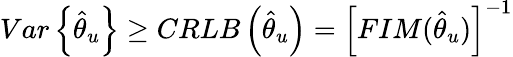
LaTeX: \begin{array}{r}{Var\left\{ \hat{\theta}_{u}\right\} \geq CRLB\left(\hat{\theta}_{u}\right)=\left[FIM(\hat{\theta}_{u})\right]^{-1}}\end{array}